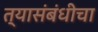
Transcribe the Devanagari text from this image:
त्यासंबंधीचा